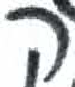
אות: ץ